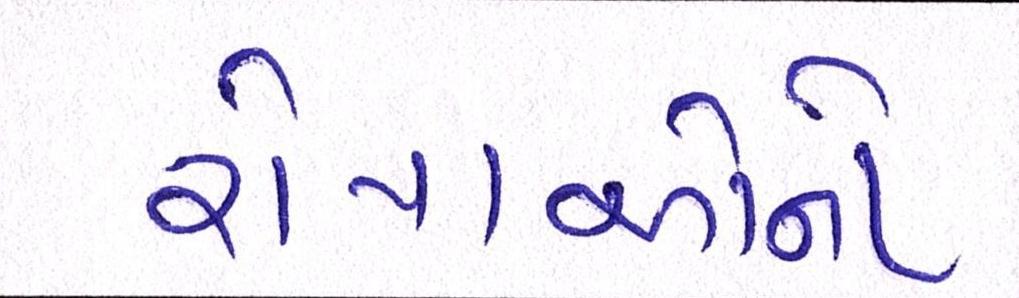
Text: રોપાઓનો